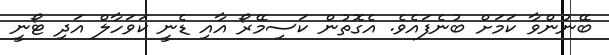
ބޭނުންވާ ކަމަށް ބުނެފައެވެ. އެގޮތުން ކަސިމޭރޯ އާއި ޑެނީ ކަވަހާލް އަދި ޓޯނީ